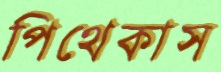
পিথেকাস